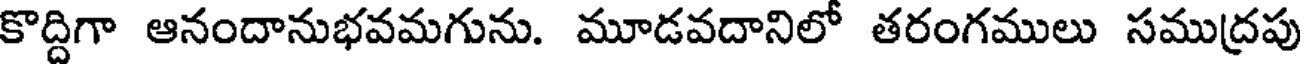
కొద్దిగా ఆనందానుభవమగును. మూడవదానిలో తరంగములు సముద్రపు